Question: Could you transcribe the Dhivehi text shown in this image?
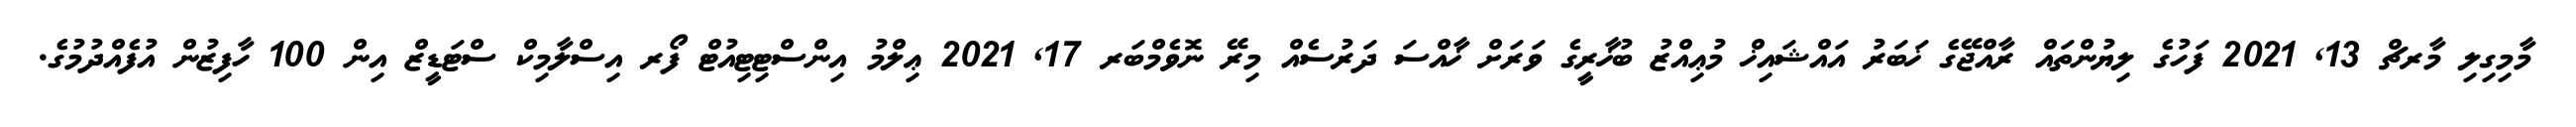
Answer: މާމިގިލި މާރޗް 13, 2021 ފަހުގެ ލިޔުންތައް ރާއްޖޭގެ ޚަބަރު އައްޝައިޚް މުޢިއްޒު ބުޚާރީގެ ވަރަށް ޚާއްސަ ދަރުސެއް މިރޭ ނޮވެމްބަރ 17, 2021 ޢިލްމު އިންސްޓިޓިއުޓް ފޯރ އިސްލާމިކް ސްޓަޑީޒް އިން 100 ހާފިޒުން އުފެއްދުމުގެ.